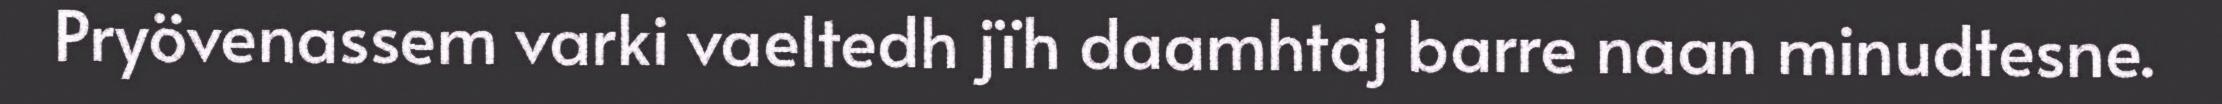
Pryövenassem varki vaeltedh jïh daamhtaj barre naan minudtesne.